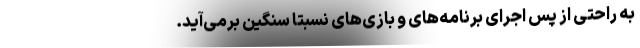
به راحتی از پس اجرای برنامه‌های و بازی‌های نسبتاً سنگین برمی‌آید.